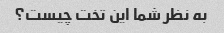
به نظر شما این تخت چیست؟